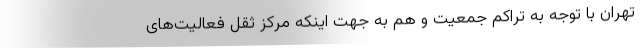
تهران با توجه به تراکم جمعیت و هم به جهت اینکه مرکز ثقل فعالیت‌های